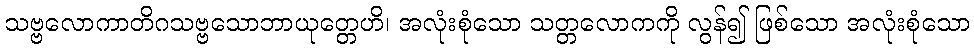
သဗ္ဗလောကာတိဂသဗ္ဗသောဘာယုတ္တေဟိ၊ အလုံးစုံသော သတ္တလောကကို လွန်၍ ဖြစ်သော အလုံးစုံသော